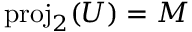
\mathrm { p r o j } _ { 2 } ( U ) = M